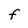
Character: F